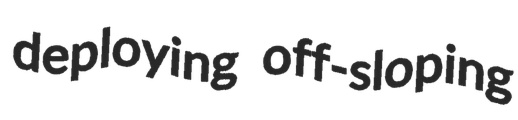
deploying off-sloping